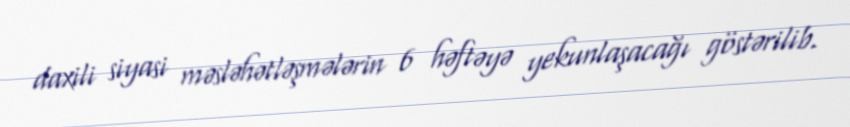
daxili siyasi məsləhətləşmələrin 6 həftəyə yekunlaşacağı göstərilib.